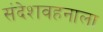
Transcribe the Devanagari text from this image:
संदेशवहनाला